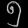
Digit: ၅